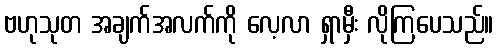
ဗဟုသုတ အချက်အလက်ကို လေ့လာ ရှာမှီး လိုကြပေသည်။